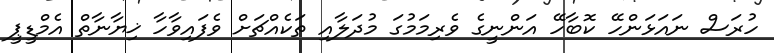
ހުރަސް ނައަޅަންހޭ ކޮބާހޭ އަންނީގެ ވެރިމަމުގަ މުދަލާއި ތަކެއްޗަށް ވެފައިވާހާ ޚިޔާނާތް އެމްޑީޕީ